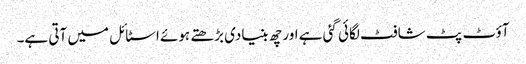
آؤٹ پٹ شافٹ لگائی گئی ہے اور چھ بنیادی بڑھتے ہوئے اسٹائل میں آتی ہے۔